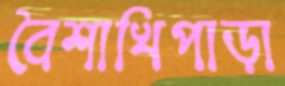
বৈশাখিপাড়া